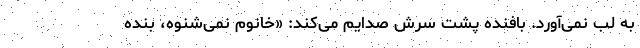
به لب نمی‌آورد. بافنده پشت سرش صدایم می‌کند: «خانوم نمی‌شنوه، بنده